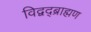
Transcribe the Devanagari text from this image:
विद्वद्ब्राह्मण